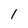
Character: 1